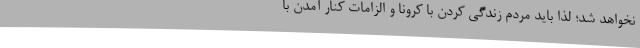
نخواهد شد؛ لذا باید مردم زندگی کردن با کرونا و الزامات کنار آمدن با